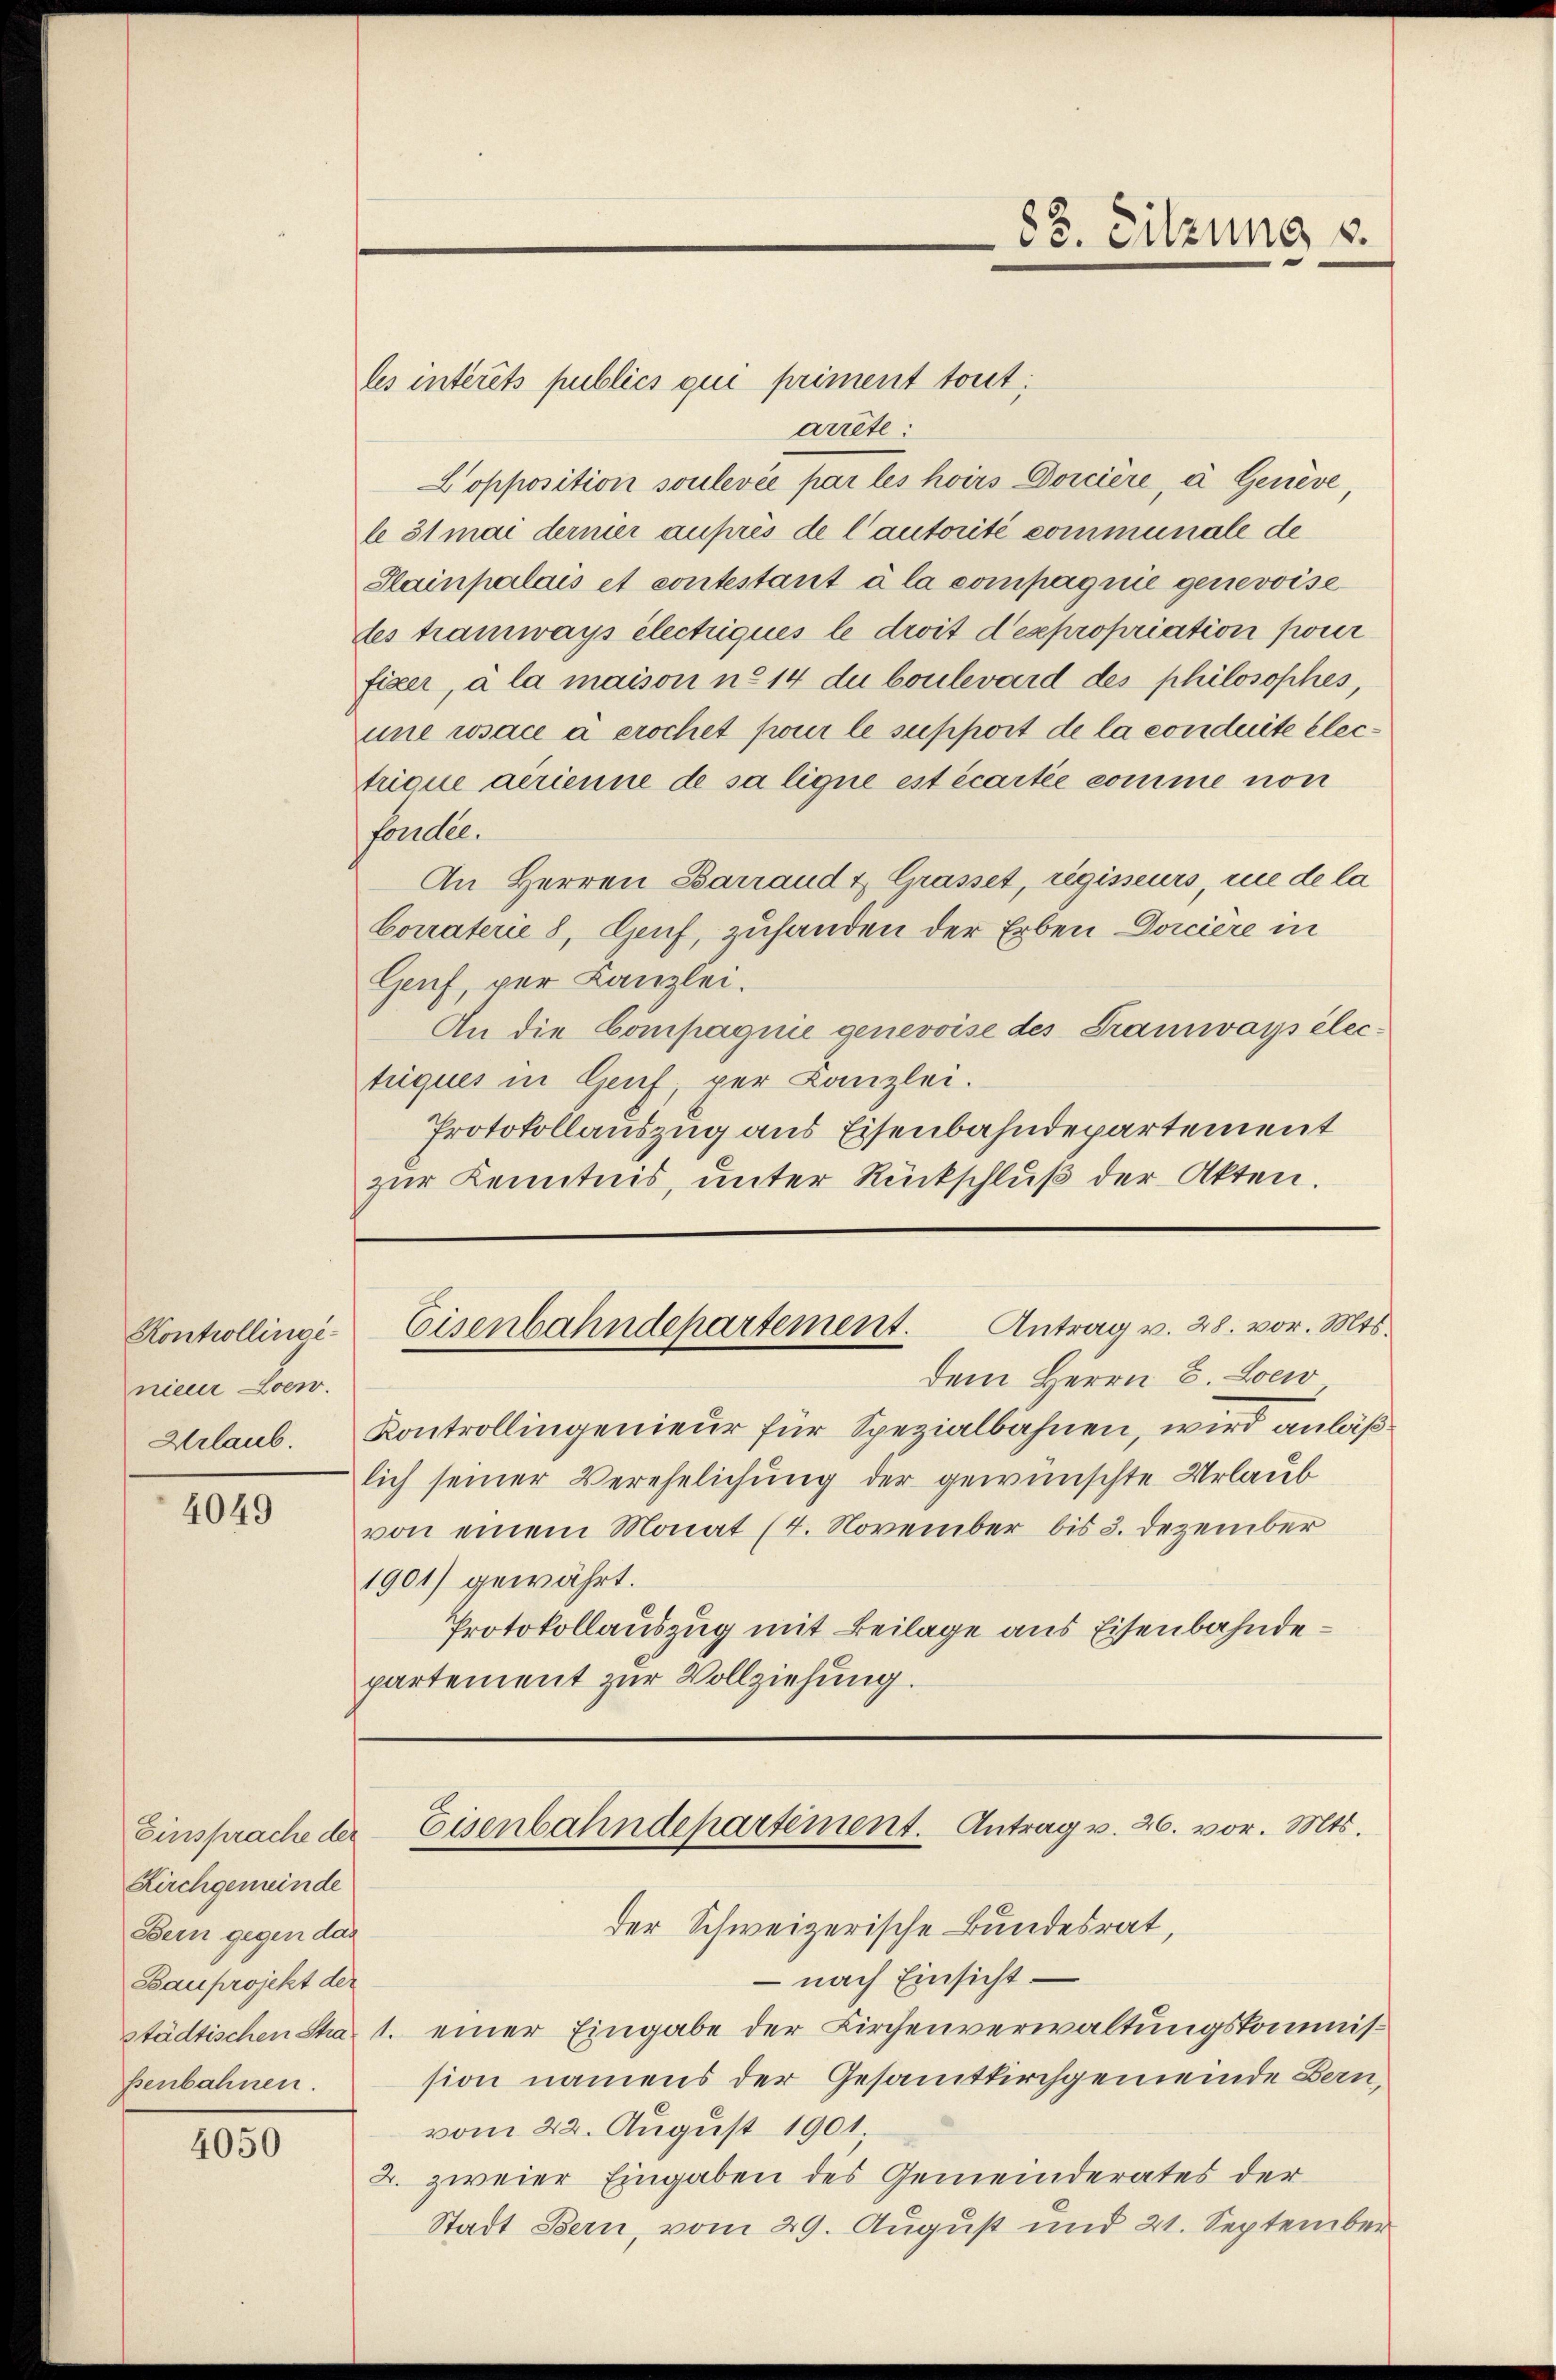
Kontrollingenieur Loew.
Urlaub.

4049

Einsprache der
Kirchgemeinde
Bern gegen das
Bauprojekt der
senbahnen.

4050

les intérêts publics qui priment tout;
arrête:
Lopposition soulevée par les hoirs Dorcière, à Genève,
le 31 mai dernier auprès de Cautorité communale de
Stainpalais et contestant à la compagnie genevoise
fes tramways électriques le droit d’espropriation poner
fixer, à la maison ne 14 du boulevard des philosophes,
une rosace à crochet pour le support de la conduite elec¬
Trique arrienne de sa ligne est écartie comme von
fandel.
An Herren Barrand & Grasset, regisseurs, nie de la
borraterie 8, Genf, zuhanden der Erben Dorcière in
Genf, per Kanzlei.
An die Compagnie genevoise des Traunvays électiques in Genf, per Kanzlei.
Protokollauszug aus Eisenbahndepartement
zur Kenntnis, unter Rückschluß der Akten.

83. Sitzung s.

Antrag v. 28. vor. Mts.
Eisenbahndepartement.

dem Herrn C. Loew
Kontrollingenieur für Spezialbahnen, wird anläßlich seiner Verehelichung der gewünschte Urlaub
von einem Monat (4. November bis 3. Dezember
1901) gewährt.
Protokollauszug mit Beilage aus Eisenbahndepartement zur Vollziehung.

Eisenbahndepartement. Antrag v. 26. vor. Mts.

der Schweizerische Bundesrat,
– nach Einsicht
städtischen Sha 1. einer Eingabe der Kirchenverwaltungskommission namens der Gesamtkirchgemeinde Bern,
vom 22. August 1901
2. zweier Eingaben des Gemeinderates der
Stadt Bern, vom 29. August und 21. September